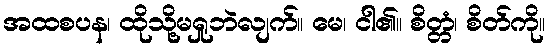
အထစပန၊ ထိုသို့မရှုဘဲလျက်။ မေ၊ ငါ၏။ စိတ္တံ၊ စိတ်ကို။